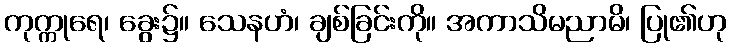
ကုက္ကုရေ၊ ခွေး၌။ သေနဟံ၊ ချစ်ခြင်းကို။ အကာသိမညာမိ၊ ပြု၏ဟု